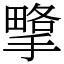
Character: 㨼